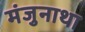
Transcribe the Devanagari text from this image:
मंजुनाथा